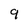
Character: 9